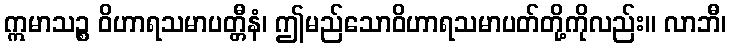
ဣမာသဉ္စ ဝိဟာရသမာပတ္တီနံ၊ ဤမည်သောဝိဟာရသမာပတ်တို့ကိုလည်း။ လာဘီ၊